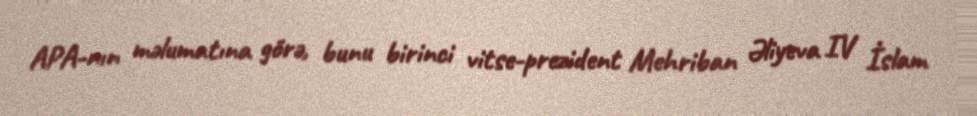
APA-nın məlumatına görə, bunu birinci vitse-prezident Mehriban Əliyeva IV İslam